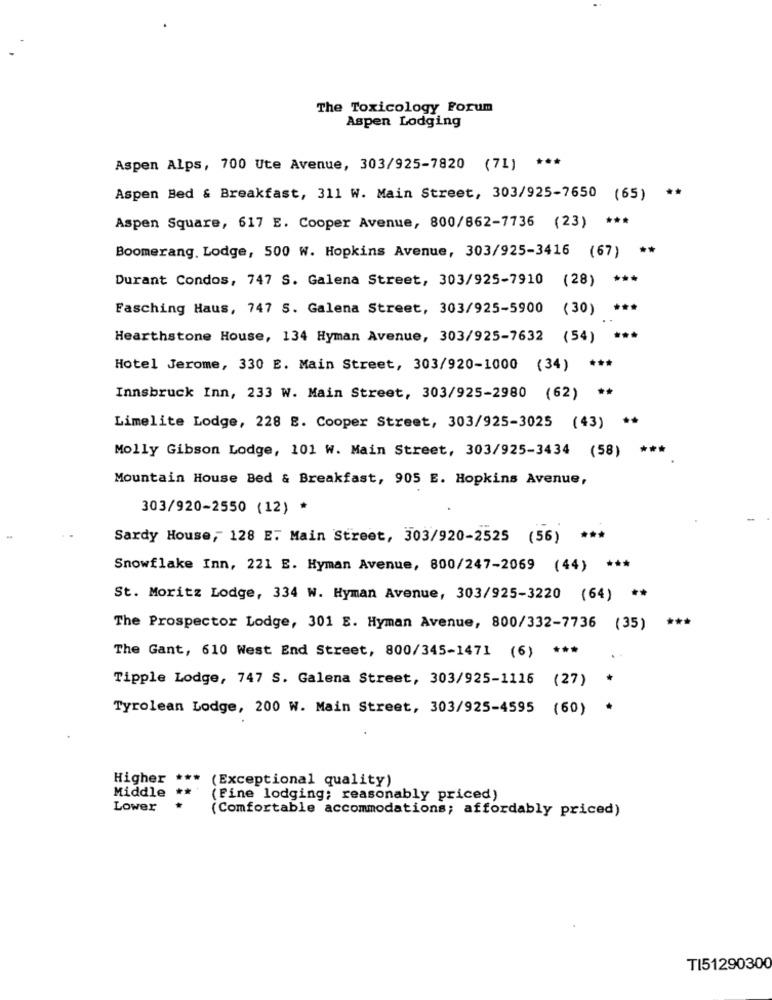
The Toxicology Forum
Aspen Lodging
Aspen Alps, 700 Ute Avenue, 303/925-7820 (71) ***
Aspen Bed & Breakfast, 311 W. Main Street, 303/925-7650 (65) **
Aspen Square, 617 E. Cooper Avenue, 800/862-7736 (23) ***
Boomerang. Lodge, 500 W. Hopkins Avenue, 303/925-3416 (67) **
Durant Condos, 747 S. Galena Street, 303/925-7910 (28) ***
Fasching Haus, 747 S. Galena Street, 303/925-5900 (30) ***
Hearthstone House, 134 Hyman Avenue, 303/925-7632 (54) ***
Hotel Jerome, 330 E. Main Street, 303/920-1000 (34) ***
Innsbruck Inn, 233 W. Main Street, 303/925-2980 (62) **
Limelite Lodge, 228 8. Cooper Street, 303/925-3025 (43) **
Molly Gibson Lodge, 101 W. Main Street, 303/925-3434 (58) ***
Mountain House Bed & Breakfast, 905 E. Hopkins Avenue,
303/920-2550 (12) *
Sardy House, 128 E. Main Street, 303/920-2525 (56) ***
Snowflake Inn, 221 E. Hyman Avenue, 800/247-2069 (44) ***
St. Moritz Lodge, 334 W. Hyman Avenue, 303/925-3220 (64) **
The Prospector Lodge, 301 E. Hyman Avenue, 800/332-7736 (35) ***
The Gant, 610 West End Street, 800/345-1471 (6) ***
Tipple Lodge, 747 S. Galena Street, 303/925-1116 (27)
Tyrolean Lodge, 200 W. Main Street, 303/925-4595 (60)
Higher ***
(Exceptional quality)
Middle
(Fine lodging; reasonably priced)
Lower
(Comfortable accommodations; affordably priced)
TI51290300